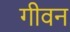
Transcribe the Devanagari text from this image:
गीवन